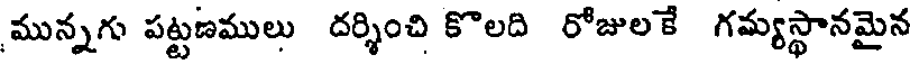
మున్నగు పట్టణములు దర్శించి కొలది రోజులకే గమ్యస్థానమైన